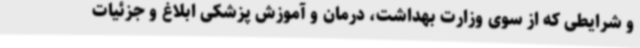
و شرایطی که از سوی وزارت بهداشت، درمان و آموزش پزشکی ابلاغ و جزئیات